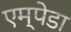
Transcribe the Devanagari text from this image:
एम्पेडा